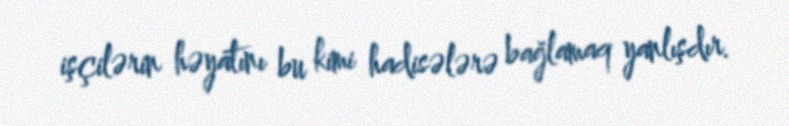
işçilərin həyatını bu kimi hadisələrə bağlamaq yanlışdır.